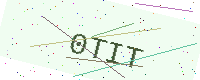
Text: 0TIT